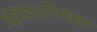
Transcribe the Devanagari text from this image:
व्हिडिओगेमबद्दल